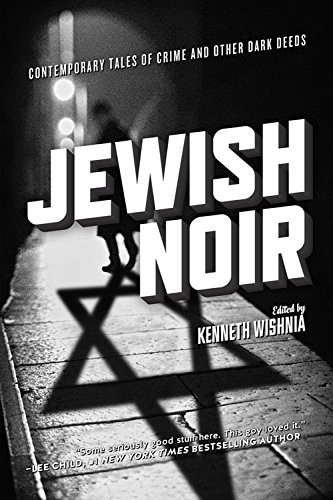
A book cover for Jewish Noir: Contemporary Tales of Crime and Other Dark Deeds; Literature & Fiction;